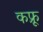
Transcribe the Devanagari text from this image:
कफ्रू